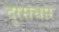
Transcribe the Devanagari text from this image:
दूरसचांर